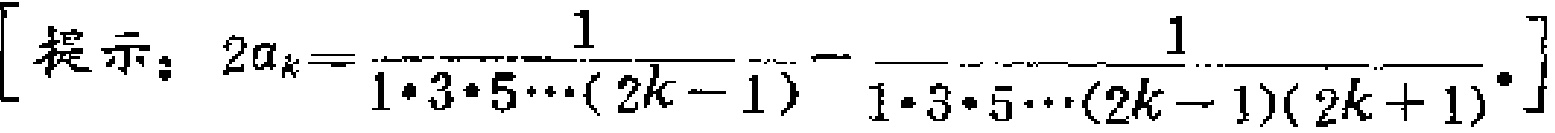
$[提示：2a_{k}=\frac{1}{1\cdot3\cdot5\cdots(2k - 1)}-\frac{1}{1\cdot3\cdot5\cdots(2k - 1)(2k + 1)}.]$